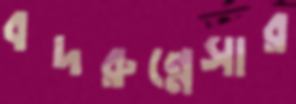
বদরুন্নেসার